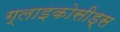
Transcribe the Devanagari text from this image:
ग्लाइकोसीड्स